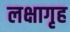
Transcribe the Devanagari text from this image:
लक्षागृह